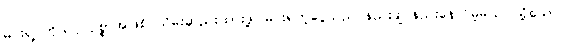
မင်းရဲ့ ကိုယ်ပိုင်ဥစ္စာအဖြစ် သိမ်းဆည်းထားဖို့၊ မင်းရတဲ့ငွေသည် နည်းချင်နည်းနေလိမ့်မယ်၊ သို့သော်